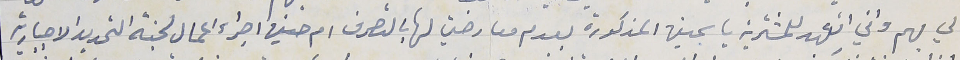
لي بهم واني اتعهد للمشترية ياسمين المذكورة بعدم معارضتي لها بالتصرف ام حين اجراء اعمال لجنة التحديد الاجبارية